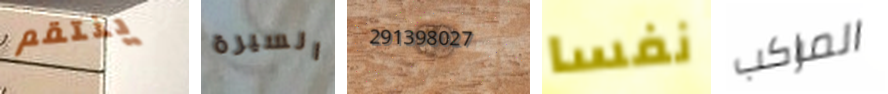
ينتقم السيرة 291398027 نفسا المراكب